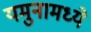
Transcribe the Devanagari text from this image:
यमुनामध्ये